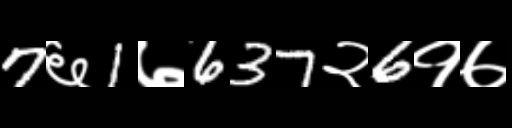
Text: 7६1७637२6१७